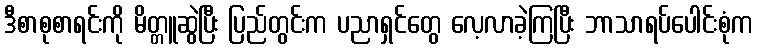
ဒီစာစုစာရင်းကို မိတ္တူဆွဲပြီး ပြည်တွင်းက ပညာရှင်တွေ လေ့လာခဲ့ကြပြီး ဘာသာရပ်ပေါင်းစုံက